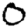
Digit: 0